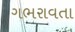
ગભરાવતા